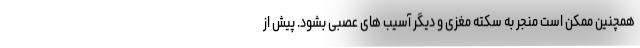
همچنین ممکن است منجر به سکته مغزی و دیگر آسیب های عصبی بشود. پیش از